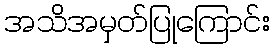
အသိအမှတ်ပြုကြောင်း